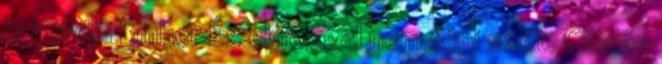
ki hordja Ember És ebfoggal nem tépi szét. Csalán